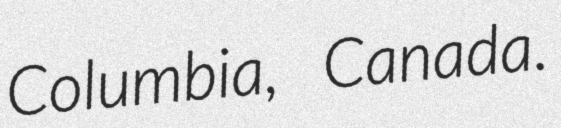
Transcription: Columbia, Canada.